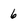
Character: 6